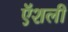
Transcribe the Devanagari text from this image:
ऍशली